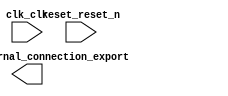

module microprocessor (
	clk_clk,
	reset_reset_n,
	led_pio_external_connection_export);	

	input		clk_clk;
	input		reset_reset_n;
	output	[7:0]	led_pio_external_connection_export;
endmodule